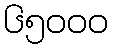
၆၅၀၀၀